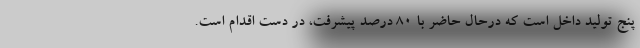
پنج تولید داخل است که درحال حاضر با ۸۰ درصد پیشرفت، در دست اقدام است.